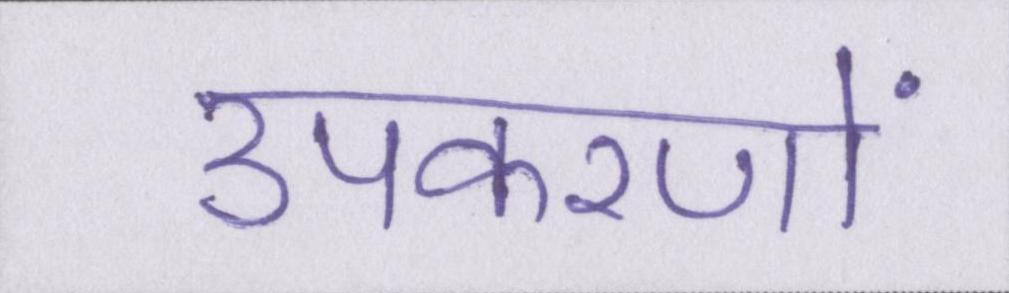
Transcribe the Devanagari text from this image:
उपकरणों